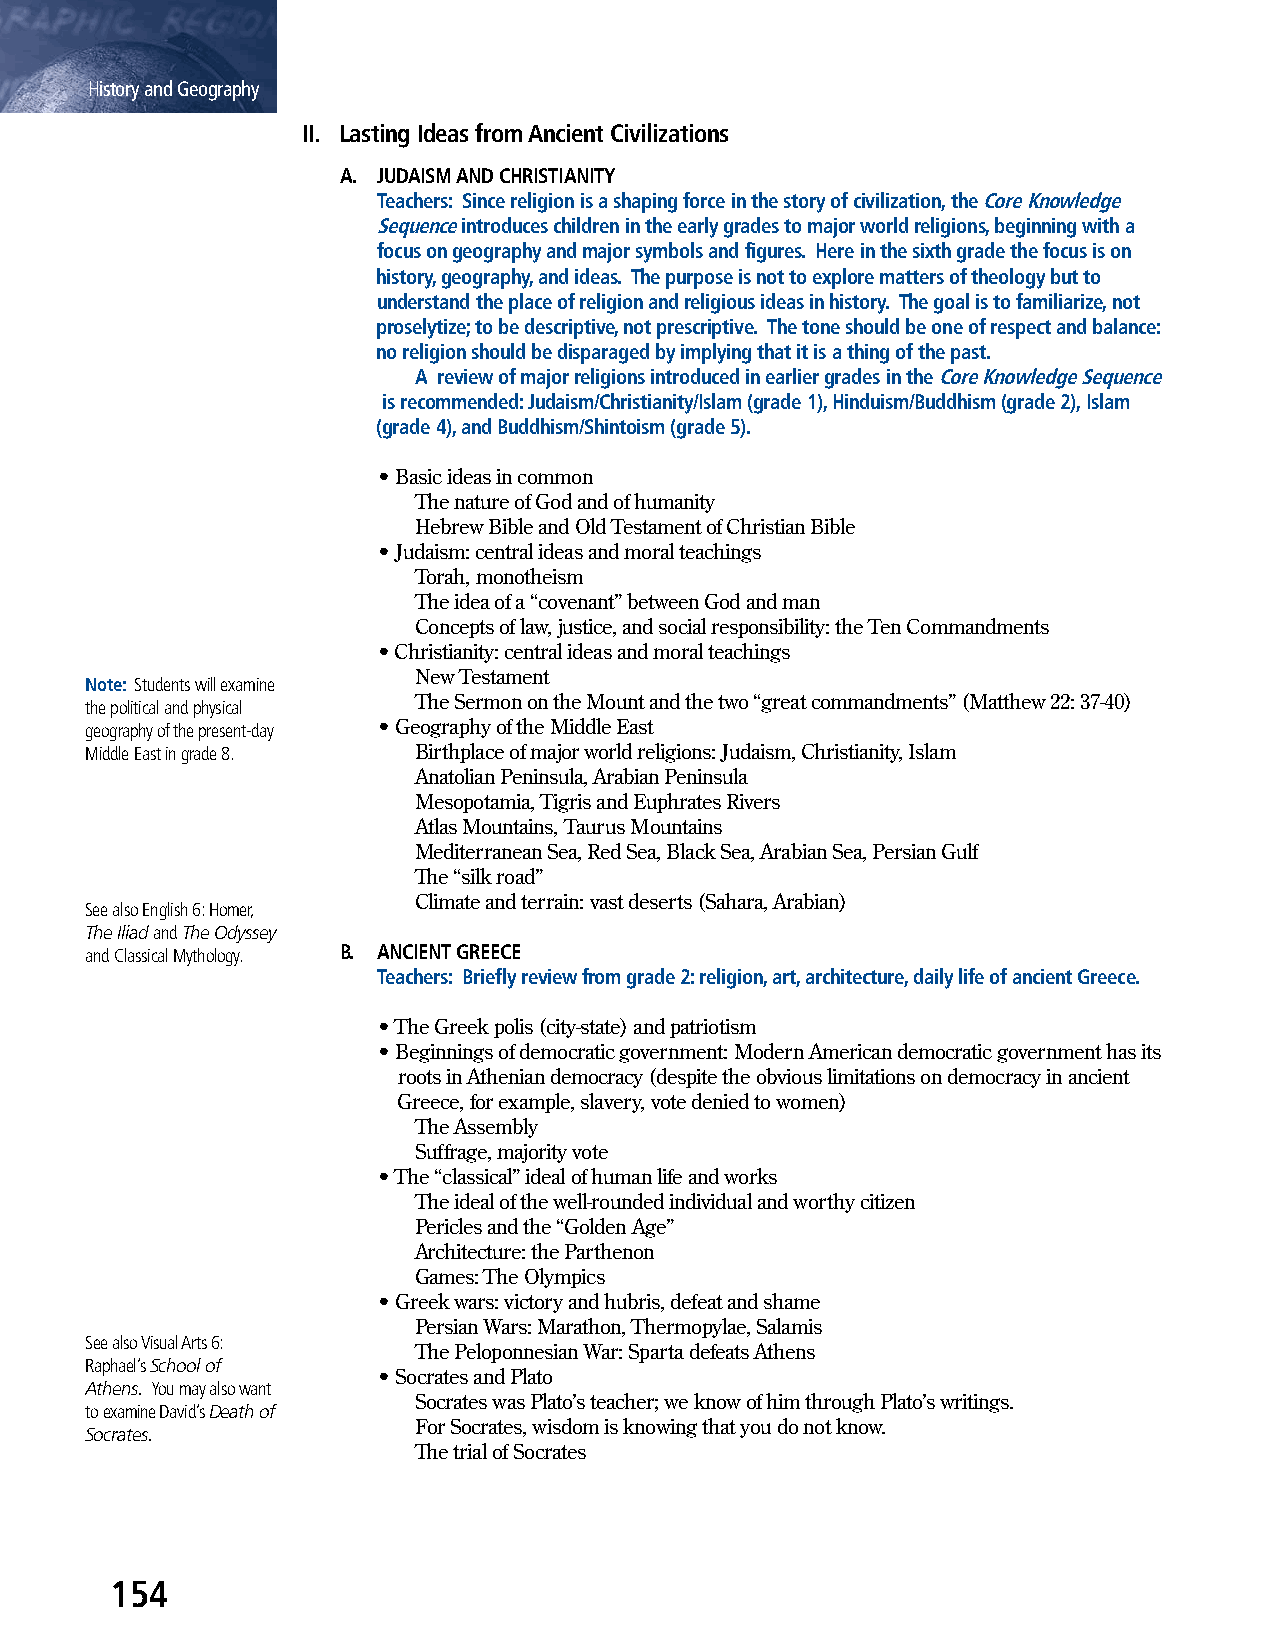
History and Geography
 II. Lasting Ideas from Ancient Civilizations
 A. JUDAISM AND CHRISTIANITY
 Teachers: Since religion is a shaping force in the story of civilization, the Core Knowledge
 Sequence introduces children in the early grades to major world religions, beginning with a
 focus on geography and major symbols and figures. Here in the sixth grade the focus is on
 history, geography, and ideas. The purpose is not to explore matters of theology but to
 understand the place of religion and religious ideas in history. The goal is to familiarize, not
 proselytize; to be descriptive, not prescriptive. The tone should be one of respect and balance:
 no religion should be disparaged by implying that it is a thing of the past.
 A review of major religions introduced in earlier grades in the Core Knowledge Sequence
 is recommended: Judaism/Christianity/Islam (grade 1), Hinduism/Buddhism (grade 2), Islam
 (grade 4), and Buddhism/Shintoism (grade 5).
 • Basic ideas in common
 The nature of God and of humanity
 Hebrew Bible and Old Testament of Christian Bible
 • Judaism: central ideas and moral teachings
 Torah, monotheism
 The idea of a “covenant” between God and man
 Concepts of law, justice, and social responsibility: the Ten Commandments
 • Christianity: central ideas and moral teachings
 New Testament
 Note: Students will examine
 The Sermon on the Mount and the two “great commandments” (Matthew 22: 37-40)
 the political and physical
 geography of the present-day • Geography of the Middle East
 Middle East in grade 8. Birthplace of major world religions: Judaism, Christianity, Islam
 Anatolian Peninsula, Arabian Peninsula
 Mesopotamia, Tigris and Euphrates Rivers
 Atlas Mountains, Taurus Mountains
 Mediterranean Sea, Red Sea, Black Sea, Arabian Sea, Persian Gulf
 The “silk road”
 Climate and terrain: vast deserts (Sahara, Arabian)
 See also English 6: Homer,
 The Iliad and The Odyssey
 and Classical Mythology. B. ANCIENT GREECE
 Teachers: Briefly review from grade 2: religion, art, architecture, daily life of ancient Greece.
 • The Greek polis (city-state) and patriotism
 • Beginnings of democratic government: Modern American democratic government has its
 roots in Athenian democracy (despite the obvious limitations on democracy in ancient
 Greece, for example, slavery, vote denied to women)
 The Assembly
 Suffrage, majority vote
 • The “classical” ideal of human life and works
 The ideal of the well-rounded individual and worthy citizen
 Pericles and the “Golden Age”
 Architecture: the Parthenon
 Games: The Olympics
 • Greek wars: victory and hubris, defeat and shame
 Persian Wars: Marathon, Thermopylae, Salamis
 See also Visual Arts 6:
 The Peloponnesian War: Sparta defeats Athens
 Raphael’s School of
 • Socrates and Plato
 Athens. You may also want
 Socrates was Plato’s teacher; we know of him through Plato’s writings.
 to examine David’s Death of
 For Socrates, wisdom is knowing that you do not know.
 Socrates.
 The trial of Socrates
 154